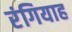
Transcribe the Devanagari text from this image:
रंगियाह